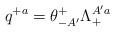
LaTeX: \begin{align*}q^{+a} = \theta^{+}_{-A'} \Lambda_+^{A'a}\end{align*}